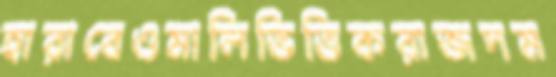
হারাবেওমালিভিত্তিকরাজদম